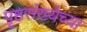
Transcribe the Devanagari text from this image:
पृष्ठसंख्येच्या